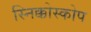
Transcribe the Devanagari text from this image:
स्निक्कोस्कोप